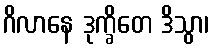
ဂိလာနေ ဒုက္ခိတေ ဒိသွာ၊